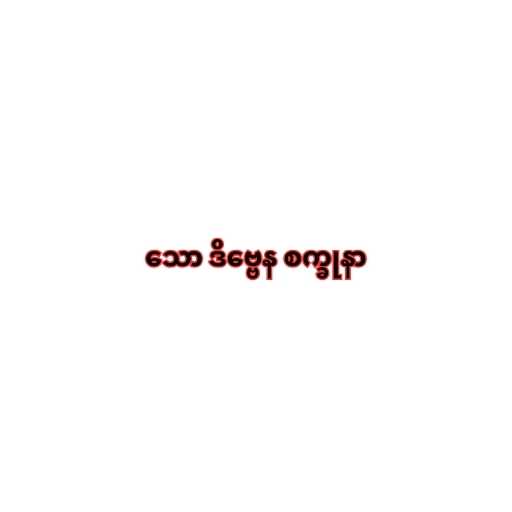
သော ဒိဗ္ဗေန စက္ခုနာ